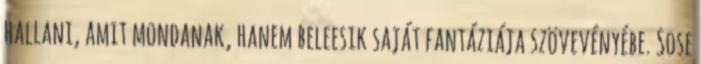
hallani, amit mondanak, hanem beleesik saját fantáziája szövevényébe. Sose